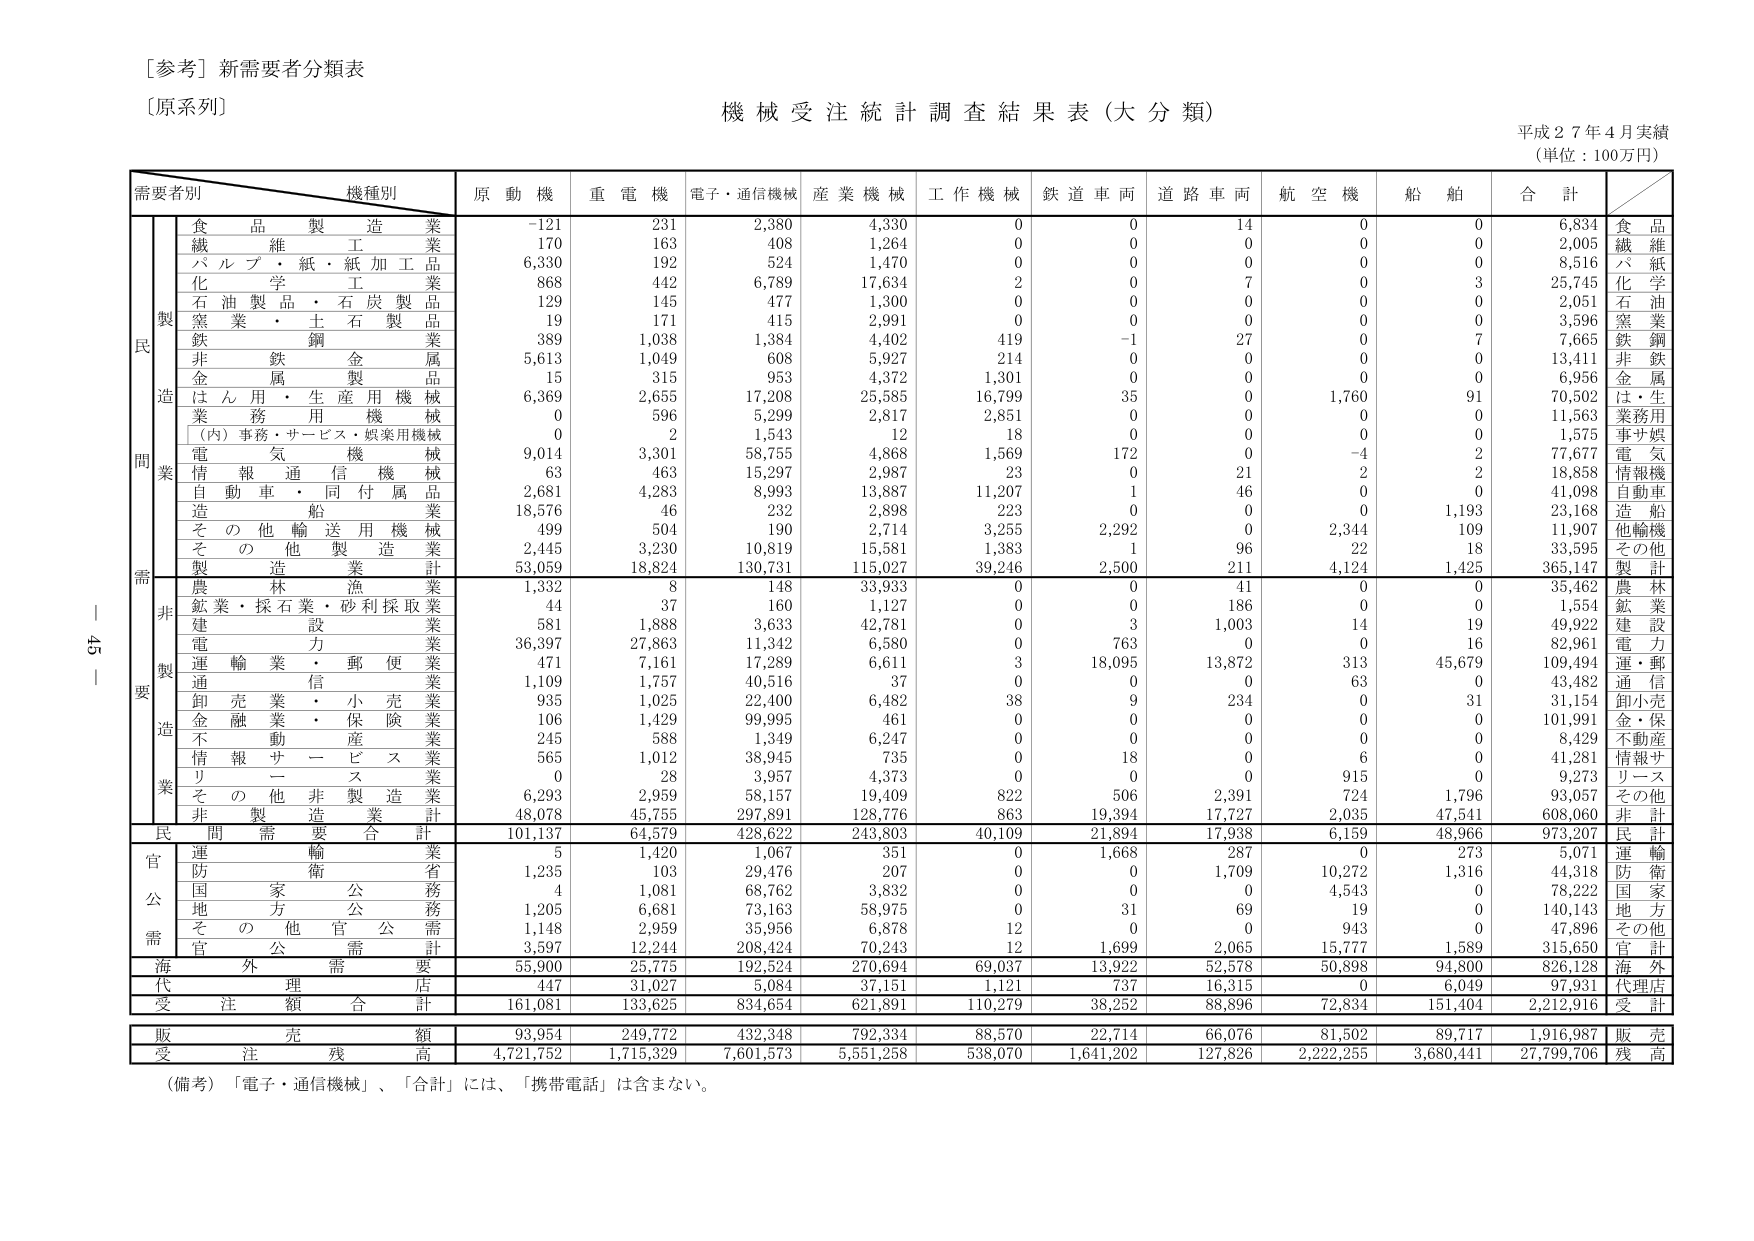
[参考] 新需要者分類表
[原系列]

機械受注統計調査結果表（大分類）
平成27年4月実績
（単位：100万円）

需要者別　機種別　原動機　重電機　電子・通信機械　産業機械　工作機械　鉄道車両　道路車両　航空機　船舶　合計

民　製　食品製造業　-121　231　2,380　4,330　0　0　14　0　0　6,834　食品
　　繊維工業　170　163　408　1,264　0　0　0　0　0　2,005　繊維
　　パルプ・紙・紙加工品　6,330　192　524　1,470　0　0　0　0　0　8,516　パ紙
　　化学工業　868　442　6,789　17,634　2　0　7　0　3　25,745　化学
　　石油製品・石炭製品　129　145　477　1,300　0　0　0　0　0　2,051　石油
　　窯業・土石製品　19　171　415　2,991　0　0　0　0　0　3,596　窯業
　　鉄鋼業　389　1,038　1,384　4,402　419　-1　27　0　7　7,665　鉄鋼
　　非鉄金属　5,613　1,049　608　5,927　214　0　0　0　0　13,411　非鉄
　　金属製品　15　315　953　4,372　1,301　0　0　0　0　6,956　金属
　　はん用・生産用機械　6,369　2,655　17,208　25,585　16,799　35　0　1,760　91　70,502　は・生
　　業務用機械　0　596　5,299　2,817　2,851　0　0　0　0　11,563　業務用
　　（内）事務・サービス・娯楽用機械　0　2　1,543　12　18　0　0　0　0　1,575　事サ娯
　　電気機械　9,014　3,301　58,755　4,868　1,569　172　0　-4　2　77,677　電気
　　情報通信機械　63　463　15,297　2,987　23　0　21　2　2　18,858　情報機
　　自動車・同付属品　2,681　4,283　8,993　13,887　11,207　1　46　0　0　41,098　自動車
　　造船　18,576　46　232　2,898　223　0　0　0　1,193　23,168　造船
　　その他輸送用機械　499　504　190　2,714　3,255　2,292　0　2,344　109　11,907　他輸機
　　その他製造業　2,445　3,230　10,819　15,581　1,383　1　96　22　18　33,595　その他
　　製造業計　53,059　18,824　130,731　115,027　39,246　2,500　211　4,124　1,425　365,147　製計
　　非製造業　農林漁業　1,332　8　148　33,933　0　0　41　0　0　35,462　農林
　　鉱業・採石業・砂利採取業　44　37　160　1,127　0　0　186　0　0　1,554　鉱業
　　建設業　581　1,888　3,633　42,781　0　3　1,003　14　19　49,922　建設
　　電力業　36,397　27,863　11,342　6,580　0　763　0　0　16　82,961　電力
　　運輸業・郵便業　471　7,161　17,289　6,611　3　18,095　13,872　313　45,679　109,494　運・郵
　　通信業　1,109　1,757　40,516　37　0　0　0　63　0　43,482　通信
　　卸売業・小売業　935　1,025　22,400　6,482　38　9　234　0　31　31,154　卸小売
　　金融業・保険業　106　1,429　99,995　461　0　0　0　0　0　101,991　金・保
　　不動産業　245　588　1,349　6,247　0　0　0　0　0　8,429　不動産
　　情報サービス業　565　1,012　38,945　735　0　18　0　6　0　41,281　情報サ
　　リース業　0　28　3,957　4,373　0　0　0　915　0　9,273　リース
　　その他非製造業　6,293　2,959　58,157　19,409　822　506　2,391　724　1,796　93,057　その他
　　非製造業計　48,078　45,755　297,891　128,776　863　19,394　17,727　2,035　47,541　608,060　非計
　　民間需要合計　101,137　64,579　428,622　243,803　40,109　21,894　17,938　6,159　48,966　973,207　民計
　　官公需　運輸業　5　1,420　1,067　351　0　1,668　287　0　273　5,071　運輸
　　防衛省　1,235　103　29,476　207　0　0　1,709　10,272　1,316　44,318　防衛
　　国家公務　4　1,081　68,762　3,832　0　0　0　4,543　0　78,222　国家
　　地方公務　1,205　6,681　73,163　58,975　0　31　69　19　0　140,143　地方
　　その他官公需　1,148　2,959　35,956　6,878　12　0　0　943　0　47,896　その他
　　官公需計　3,597　12,244　208,424　70,243　12　1,699　2,065　15,777　1,589　315,650　官計
　　海外需要　55,900　25,775　192,524　270,694　69,037　13,922　52,578　50,898　94,800　826,128　海外
　　代理店　447　31,027　5,084　37,151　1,121　737　16,315　0　6,049　97,931　代理店
　　受注額合計　161,081　133,625　834,654　621,891　110,279　38,252　88,896　72,834　151,404　2,212,916　受計
　　販売額　93,954　249,772　432,348　792,334　88,570　22,714　66,076　81,502　89,717　1,916,987　販売
　　受注残高　4,721,752　1,715,329　7,601,573　5,551,258　538,070　1,641,202　127,826　2,222,255　3,680,441　27,799,706　残高

（備考）「電子・通信機械」、「合計」には、「携帯電話」は含まない。